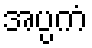
အပ္ပကံ